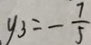
y _ { 3 } = - \frac { 7 } { 5 }